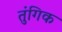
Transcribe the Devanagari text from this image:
तुंगिक